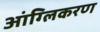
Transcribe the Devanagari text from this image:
आंग्लिकरण